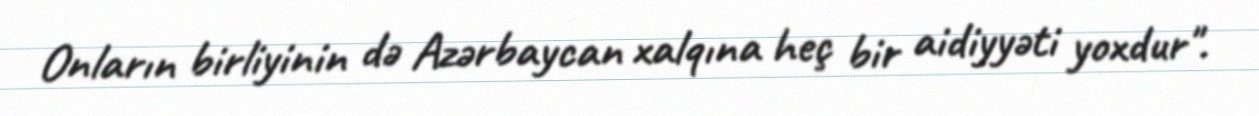
Onların birliyinin də Azərbaycan xalqına heç bir aidiyyəti yoxdur".